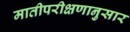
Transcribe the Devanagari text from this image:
मातीपरीक्षणानुसार